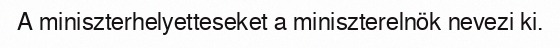
A miniszterhelyetteseket a miniszterelnök nevezi ki.